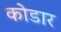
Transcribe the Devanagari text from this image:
कोडार